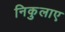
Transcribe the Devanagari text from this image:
निकुलाए